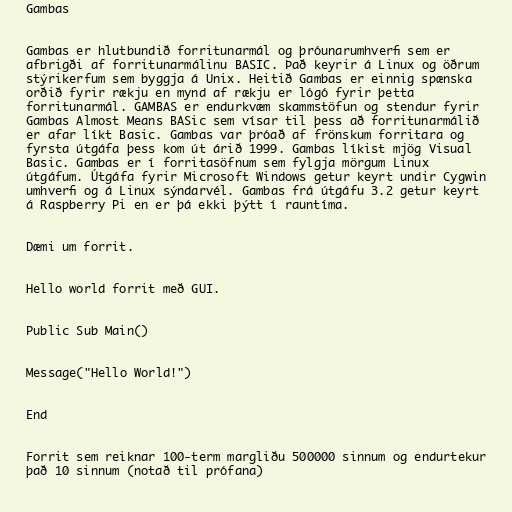
Gambas

Gambas er hlutbundið forritunarmál og þróunarumhverfi sem er
afbrigði af forritunarmálinu BASIC. Það keyrir á Linux og öðrum
stýrikerfum sem byggja á Unix. Heitið Gambas er einnig spænska
orðið fyrir rækju en mynd af rækju er lógó fyrir þetta
forritunarmál. GAMBAS er endurkvæm skammstöfun og stendur fyrir
Gambas Almost Means BASic sem vísar til þess að forritunarmálið
er afar líkt Basic. Gambas var þróað af frönskum forritara og
fyrsta útgáfa þess kom út árið 1999. Gambas líkist mjög Visual
Basic. Gambas er í forritasöfnum sem fylgja mörgum Linux
útgáfum. Útgáfa fyrir Microsoft Windows getur keyrt undir Cygwin
umhverfi og á Linux sýndarvél. Gambas frá útgáfu 3.2 getur keyrt
á Raspberry Pi en er þá ekki þýtt í rauntíma.

Dæmi um forrit.

Hello world forrit með GUI.

Public Sub Main()

Message("Hello World!")

End

Forrit sem reiknar 100-term margliðu 500000 sinnum og endurtekur
það 10 sinnum (notað til prófana)